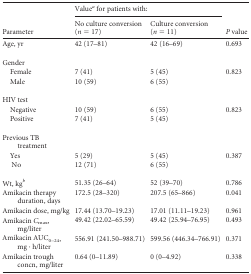
<table><thead><tr><td rowspan="2"><b>Parameter</b></td><td colspan="2"><b>Value<sup><i>a</i></sup> for patients with:</b></td><td rowspan="2"><b><i>P</i> value</b></td></tr><tr><td><b>No culture conversion (<i>n</i> = 17)</b></td><td><b>Culture conversion (<i>n</i> = 11)</b></td></tr></thead><tbody><tr><td>Age, yr</td><td>42 (17–81)</td><td>42 (16–69)</td><td>0.693</td></tr><tr><td>Gender</td><td></td><td></td><td></td></tr><tr><td>Female</td><td>7 (41)</td><td>5 (45)</td><td>0.823</td></tr><tr><td>Male</td><td>10 (59)</td><td>6 (55)</td><td></td></tr><tr><td>HIV test</td><td></td><td></td><td></td></tr><tr><td>Negative</td><td>10 (59)</td><td>6 (55)</td><td>0.823</td></tr><tr><td>Positive</td><td>7 (41)</td><td>5 (45)</td><td></td></tr><tr><td>Previous TB treatment</td><td></td><td></td><td></td></tr><tr><td>Yes</td><td>5 (29)</td><td>5 (45)</td><td>0.387</td></tr><tr><td>No</td><td>12 (71)</td><td>6 (55)</td><td></td></tr><tr><td>Wt, kg<sup><i>b</i></sup></td><td>51.35 (26–64)</td><td>52 (39–70)</td><td>0.786</td></tr><tr><td>Amikacin therapy duration, days</td><td>172.5 (28–320)</td><td>207.5 (65–866)</td><td>0.041</td></tr><tr><td>Amikacin dose, mg/kg</td><td>17.44 (13.70–19.23)</td><td>17.01 (11.11–19.23)</td><td>0.961</td></tr><tr><td>Amikacin <i>C</i><sub>max</sub>, mg/liter</td><td>49.42 (22.02–65.59)</td><td>49.42 (25.94–76.95)</td><td>0.493</td></tr><tr><td>Amikacin AUC<sub>0–24</sub>, mg · h/liter</td><td>556.91 (241.50–988.71)</td><td>599.56 (446.34–766.91)</td><td>0.371</td></tr><tr><td>Amikacin trough concn, mg/liter</td><td>0.64 (0–11.89)</td><td>0 (0–4.92)</td><td>0.338</td></tr></tbody></table>